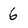
Character: 6